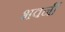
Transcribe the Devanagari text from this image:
भवनीं